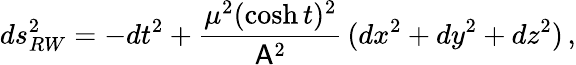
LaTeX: ds_{RW}^{2}=-dt^{2}+\frac{\mu^{2}(\cosh{t})^{2}}{\mathsf{A}^{2}}\, (dx^{2}+dy^{2}+dz^{2})\, ,